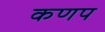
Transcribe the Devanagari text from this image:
कणप